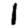
Digit: 1